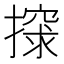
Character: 𰔨